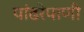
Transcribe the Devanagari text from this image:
पांढरेपाणी